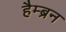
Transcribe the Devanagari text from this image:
हैम्ब्रन